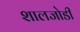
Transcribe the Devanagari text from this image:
शालजोडी